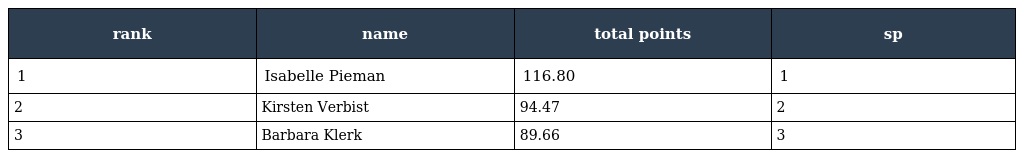
| rank | name | total points | sp |
 | --- | --- | --- | --- |
 | 1 | Isabelle Pieman | 116.80 | 1 |
 | 2 | Kirsten Verbist | 94.47 | 2 |
 | 3 | Barbara Klerk | 89.66 | 3 |